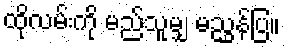
ထိုလမ်းကို မည်သူမျှ မညွှန်ပြ။